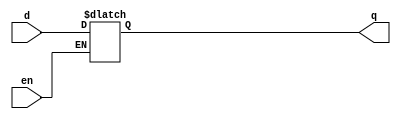
module D_latch_en (en, d, q);
  input en, d;
  output q;
  reg q;

  always @(en, d) begin
    if (en) begin
      q <= d;
    end
  end

endmodule